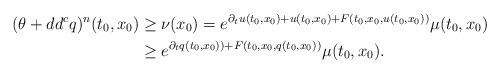
LaTeX: \begin{align*}(\theta+dd^c q)^n(t_0,x_0)&\geq \nu(x_0)= e^{\partial_t u (t_0,x_0)+u(t_0,x_0)+F(t_0,x_0,u(t_0,x_0))}\mu(t_0,x_0)\\&\geq e^{\partial_t q(t_0,x_0))+F(t_0,x_0,q(t_0,x_0))}\mu(t_0,x_0).\end{align*}